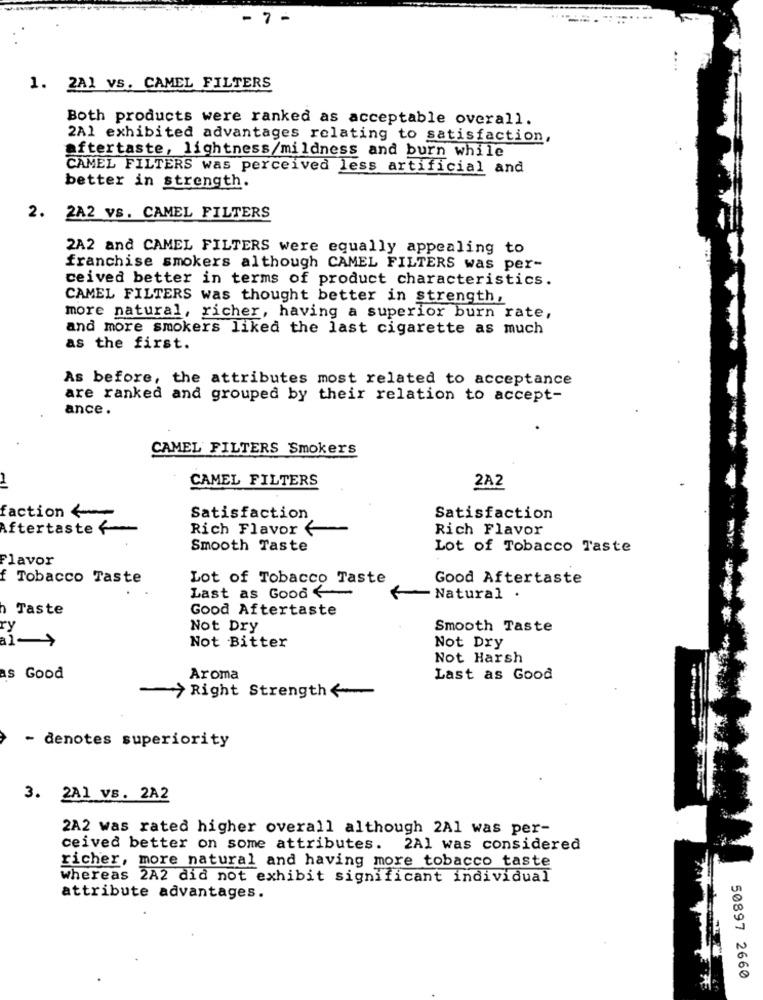
- 7 -
1. 2A1 VS. CAMEL FILTERS
Both products were ranked as acceptable overall.
2A1 exhibited advantages relating to satisfaction,
aftertaste, lightness/mildness and burn while
CAMEL FILTERS was perceived less artificial and
better in strength.
2. 2A2 Vs. CAMEL FILTERS
2A2 and CAMEL FILTERS were equally appealing to
franchise smokers although CAMEL FILTERS was per-
ceived better in terms of product characteristics.
CAMEL FILTERS was thought better in strength,
more natural, richer, having a superior burn rate,
and more smokers liked the last cigarette as much
as the first.
As before, the attributes most related to acceptance
are ranked and grouped by their relation to accept-
ance.
CAMEL FILTERS Smokers
CAMEL FILTERS
2A2
faction
Satisfaction
Satisfaction
Aftertaste
Rich Flavor €
Rich Flavor
Smooth Taste
Lot of Tobacco Taste
Flavor
f Tobacco Taste
Lot of Tobacco Taste
Good Aftertaste
Last as Good
Natural .
Taste
Good Aftertaste
Not Dry
Smooth Taste
Not Bitter
Not Dry
Not Harsh
as Good
Aroma
Last as Good
Right Strength
- denotes superiority
3. 2A1 vs. 2A2
2A2 was rated higher overall although 2A1 was per-
ceived better on some attributes. 2A1 was considered
richer, more natural and having more tobacco taste
whereas 2A2 did not exhibit significant individual
attribute advantages.
50897 2660